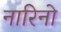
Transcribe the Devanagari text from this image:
नारिनो